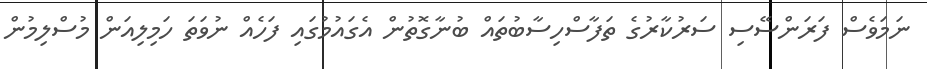
ނަމަވެސް ފަރަންސޭސި ސަރުކާރުގެ ތަފާސްހިސާބުތައް ބުނާގޮތުން އެގައުމުގައި ފަހެއް ނުވަތަ ހަމިލިއަން މުސްލިމުން